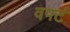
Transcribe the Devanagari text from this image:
वर्फ्ट